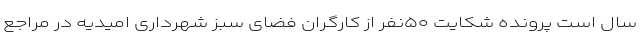
سال است پرونده شکایت ۵۰نفر از کارگران فضای سبز شهرداری امیدیه در مراجع